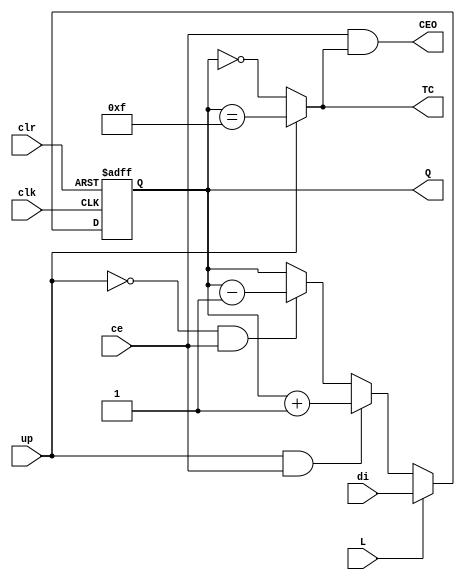
`timescale 1ns / 1ps
//////////////////////////////////////////////////////////////////////////////////
// Company: 
// Engineer: 
// 
// Design Name: 
// Module Name:    VCB4CLED 
// Project Name: 
// Target Devices: 
// Tool versions: 
// Description: 
//
// Dependencies: 
//
// Revision: 
// Revision 0.01 - File Created
// Additional Comments: 
//
//////////////////////////////////////////////////////////////////////////////////
module VCB4CLED(
	input ce,
	input up,
	input [3:0]di,
	input L,
	input clk,
	input clr,
	output reg[3:0] Q=0,
	output wire CEO,
	output wire TC
);

assign TC = up? (Q == (1 << 4) - 1): (Q == 0);
assign CEO = ce & TC;

always @(posedge clr or posedge clk ) begin //or posedge btn
	if (clr) Q <= 0;
	else Q <= L? di: (up & ce)? Q+1: (!up & ce)? Q-1: Q;
end

endmodule